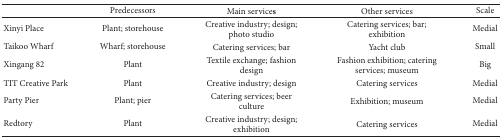
<table><thead><tr><td>[EMPTY_CELL]</td><td><b>Predecessors</b></td><td><b>Main services </b></td><td><b>Other services</b></td><td><b>Scale </b></td></tr></thead><tbody><tr><td>Xinyi Place</td><td>Plant; storehouse</td><td>Creative industry; design; photo studio </td><td>Catering services; bar; exhibition</td><td>Medial</td></tr><tr><td>Taikoo Wharf</td><td>Wharf; storehouse</td><td>Catering services; bar </td><td>Yacht club</td><td>Small</td></tr><tr><td>Xingang 82</td><td>Plant </td><td>Textile exchange; fashion design</td><td>Fashion exhibition; catering services; museum</td><td>Big</td></tr><tr><td>TIT Creative Park</td><td>Plant</td><td>Creative industry; design</td><td>Catering services</td><td>Medial</td></tr><tr><td>Party Pier</td><td>Plant; pier</td><td>Catering services; beer culture</td><td>Exhibition; museum</td><td>Medial</td></tr><tr><td>Redtory</td><td>Plant</td><td>Creative industry; design; exhibition</td><td>Catering services</td><td>Medial</td></tr></tbody></table>